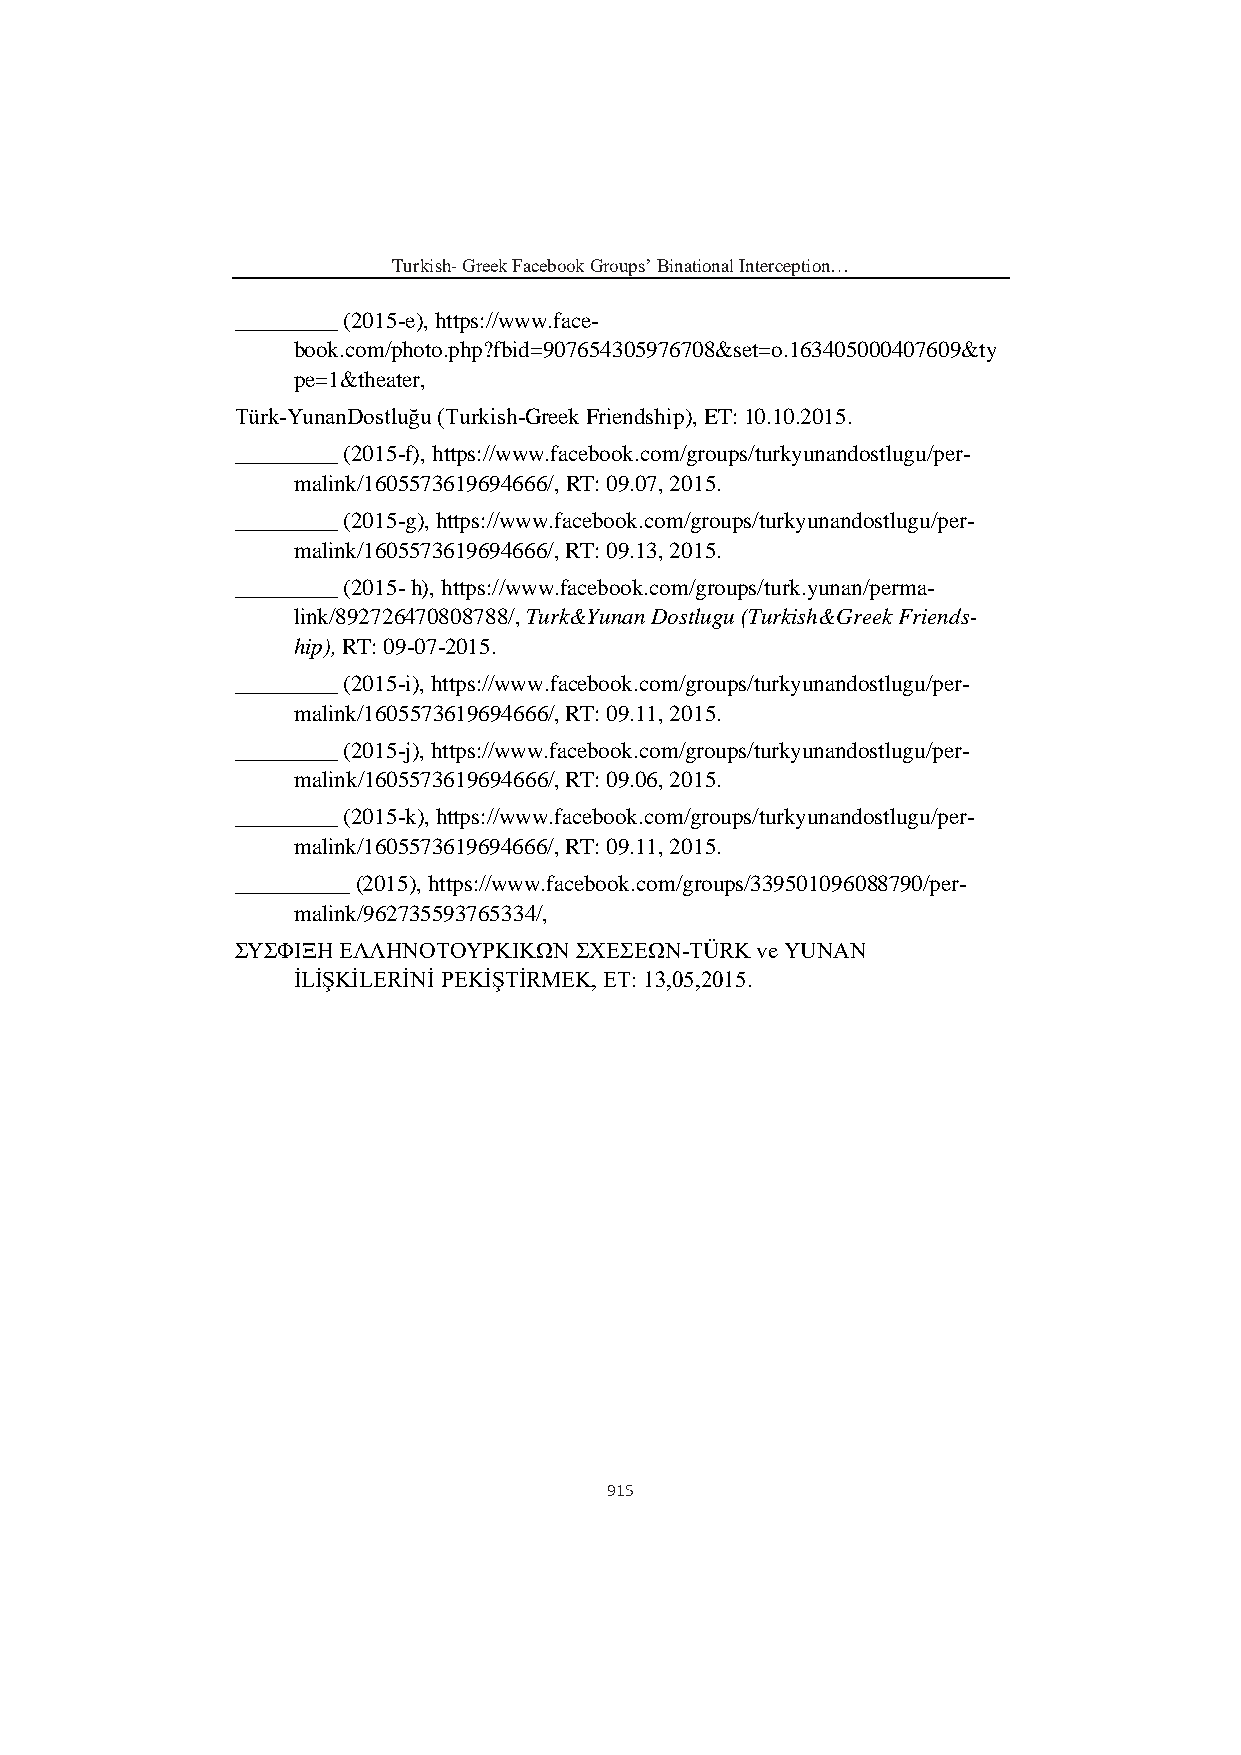
Turkish- Greek Facebook Groups’ Binational Interception…
 _________ (2015-e), https://www.face-
 book.com/photo.php?fbid=907654305976708&set=o.163405000407609&ty
 pe=1&theater,
 Türk-YunanDostluğu (Turkish-Greek Friendship), ET: 10.10.2015.
 _________ (2015-f), https://www.facebook.com/groups/turkyunandostlugu/per-
 malink/1605573619694666/, RT: 09.07, 2015.
 _________ (2015-g), https://www.facebook.com/groups/turkyunandostlugu/per-
 malink/1605573619694666/, RT: 09.13, 2015.
 _________ (2015- h), https://www.facebook.com/groups/turk.yunan/perma-
 link/892726470808788/, Turk&Yunan Dostlugu (Turkish&Greek Friends-
 hip), RT: 09-07-2015.
 _________ (2015-i), https://www.facebook.com/groups/turkyunandostlugu/per-
 malink/1605573619694666/, RT: 09.11, 2015.
 _________ (2015-j), https://www.facebook.com/groups/turkyunandostlugu/per-
 malink/1605573619694666/, RT: 09.06, 2015.
 _________ (2015-k), https://www.facebook.com/groups/turkyunandostlugu/per-
 malink/1605573619694666/, RT: 09.11, 2015.
 __________ (2015), https://www.facebook.com/groups/339501096088790/per-
 malink/962735593765334/,
 ΣΥΣΦΙΞΗ ΕΛΛΗΝΟΤΟΥΡΚΙΚΩΝ ΣΧΕΣΕΩΝ-TÜRK ve YUNAN
 İLİŞKİLERİNİ PEKİŞTİRMEK, ET: 13,05,2015.
 915